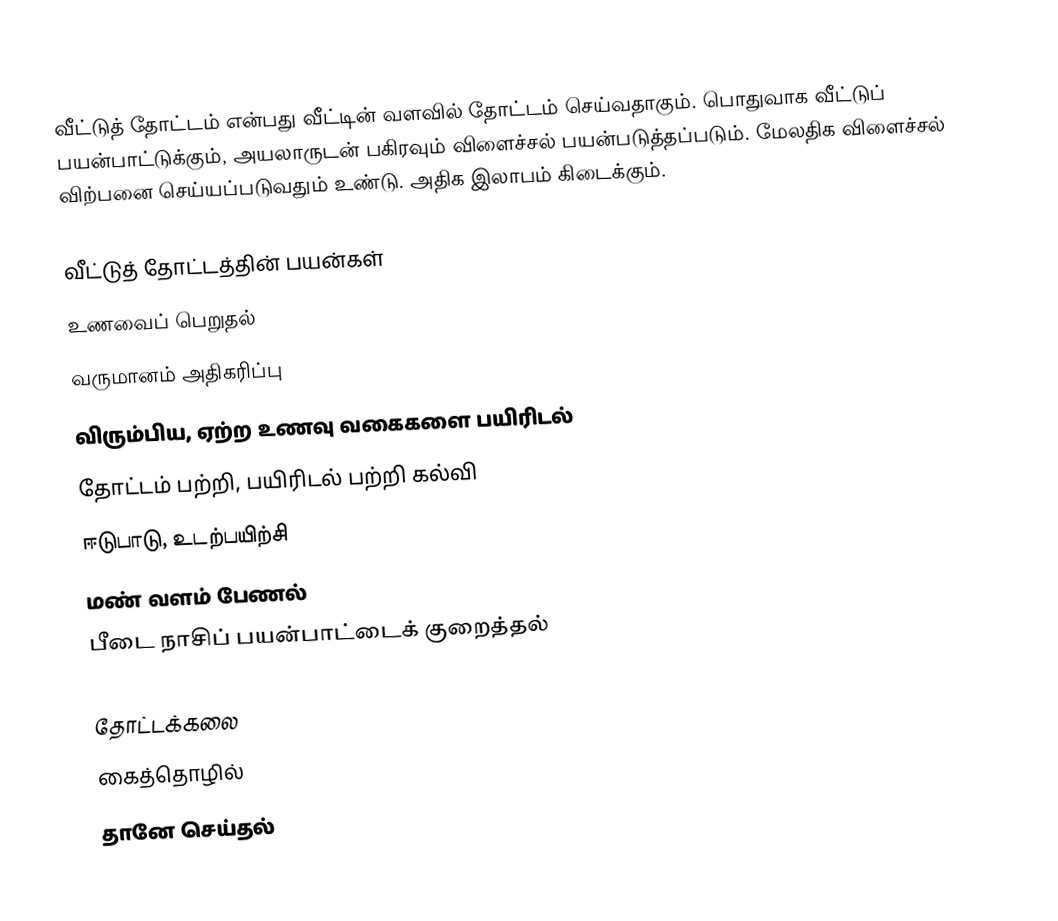
வீட்டுத் தோட்டம் என்பது வீட்டின் வளவில் தோட்டம் செய்வதாகும்.  பொதுவாக வீட்டுப் பயன்பாட்டுக்கும், அயலாருடன் பகிரவும் விளைச்சல் பயன்படுத்தப்படும்.  மேலதிக விளைச்சல் விற்பனை செய்யப்படுவதும் உண்டு. அதிக இலாபம் கிடைக்கும்.

வீட்டுத் தோட்டத்தின் பயன்கள்
 உணவைப் பெறுதல்
 வருமானம் அதிகரிப்பு
 விரும்பிய, ஏற்ற உணவு வகைகளை பயிரிடல்
 தோட்டம் பற்றி, பயிரிடல் பற்றி கல்வி
 ஈடுபாடு, உடற்பயிற்சி
 மண் வளம் பேணல்
 பீடை நாசிப் பயன்பாட்டைக் குறைத்தல்

தோட்டக்கலை
கைத்தொழில்
தானே செய்தல்